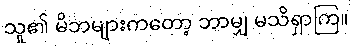
သူ၏ မိဘများကတော့ ဘာမျှ မသိရှာကြ။